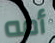
أمه